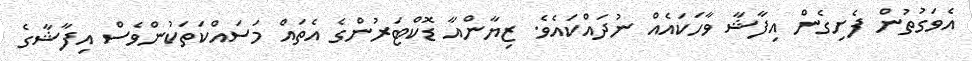
އެވަގުތުން ފެށިގެން އިފާޝާ ވާހަކައެއް ނުދައްކައެވެ. ޒިޔާންއާ ޑޮކްޓަރުންގެ އެތައް މަސައްކަތަކުންވެސް އިފާޝާގެ